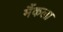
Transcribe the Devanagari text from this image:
मैंकला